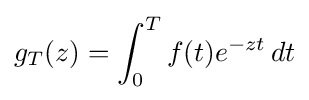
g_{T}(z)=\int _{0}^{T}f(t)e^{-zt}\,dt